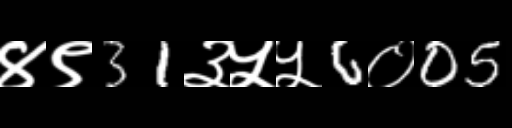
Text: ४९31३५५6०05